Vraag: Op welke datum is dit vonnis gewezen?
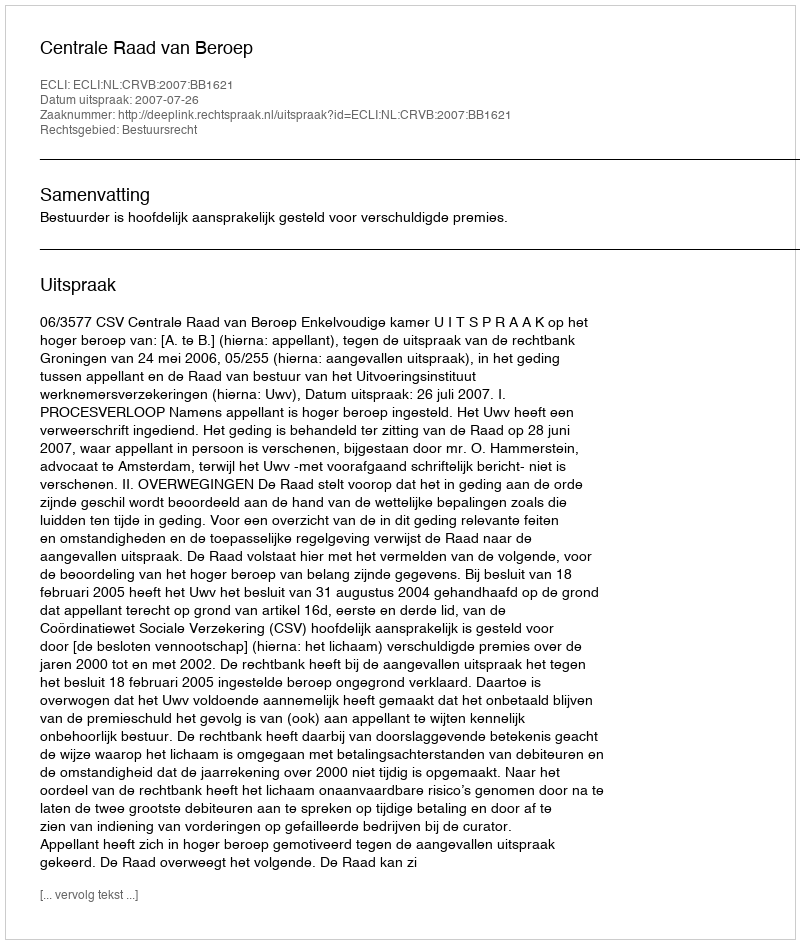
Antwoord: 2007-07-26